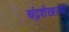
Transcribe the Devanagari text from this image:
चंद्रशेखरया